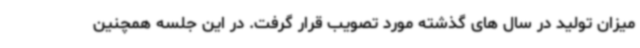
میزان تولید در سال های گذشته مورد تصویب قرار گرفت. در این جلسه همچنین